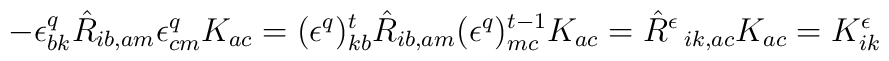
- \epsilon^{q}_{bk} \hat{R}_{ib,am} \epsilon^{q}_{cm} K_{ac} =(\epsilon^{q})_{kb}^{t} \hat{R}_{ib,am} (\epsilon^{q})_{mc}^{t-1} K_{ac}= \hat{R}^{\epsilon}  \, _{ik,ac} K_{ac} = K_{ik}^{\epsilon}